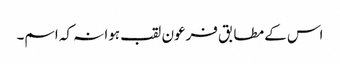
اس کے مطابق فرعون لقب ہوا نہ کہ اسم۔